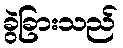
ခွဲခြားသည်